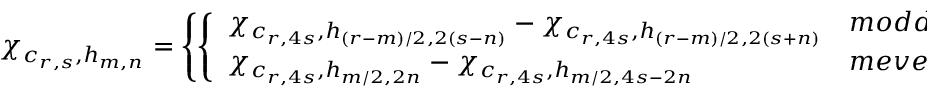
\chi _ { c _ { r , s } , h _ { m , n } } = \left\{ \left\{ \begin{array} { l l } { { \chi _ { c _ { r , 4 s } , h _ { ( r - m ) / 2 , 2 ( s - n ) } } - \chi _ { c _ { r , 4 s } , h _ { ( r - m ) / 2 , 2 ( s + n ) } } } } & { { m o d d } } \\ { { \chi _ { c _ { r , 4 s } , h _ { m / 2 , 2 n } } - \chi _ { c _ { r , 4 s } , h _ { m / 2 , 4 s - 2 n } } } } & { { m e v e n } } \end{array} \right. \right. \ .